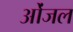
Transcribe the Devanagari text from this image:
ओंजल